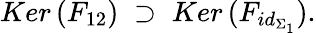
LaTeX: Ker\, (F_{12})\; \supset\; Ker\, (F_{id_{\Sigma_{1}}}).